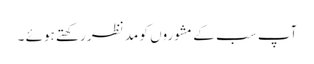
آپ سب کے مشوروں کو مد نظر رکھتے ہوئے ۔